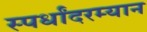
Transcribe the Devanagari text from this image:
स्पर्धांदरम्यान